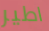
اطير